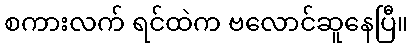
စကားလက် ရင်ထဲက ဗလောင်ဆူနေပြီ။